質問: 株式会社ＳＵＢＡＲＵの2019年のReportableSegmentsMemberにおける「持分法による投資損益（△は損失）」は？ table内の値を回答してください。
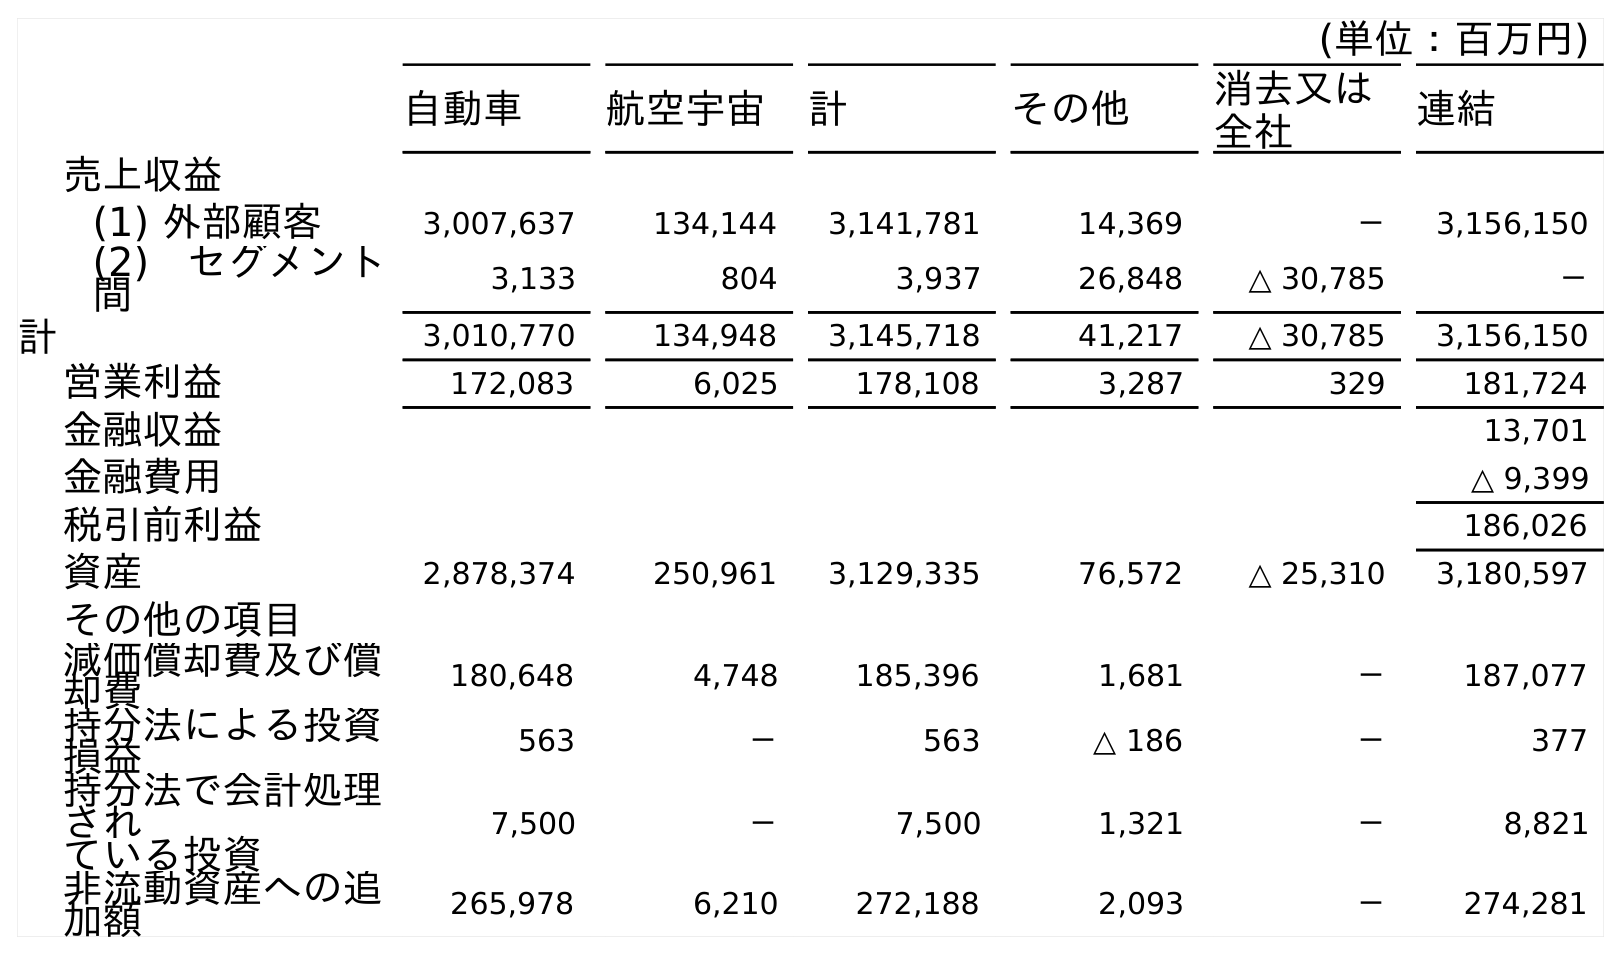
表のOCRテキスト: (単位：百万円) 自動車 航空宇宙 計 その他 消去又は 全社 連結 売上収益 (1) 外部顧客 3,007,637 134,144 3,141,781 14,369 － 3,156,150 (2) セグメント 間 3,133 804 3,937 26,848 △ 30,785 － 計 3,010,770 134,948 3,145,718 41,217 △ 30,785 3,156,150 営業利益 172,083 6,025 178,108 3,287 329 181,724 金融収益 13,701 金融費用 △ 9,399 税引前利益 186,026 資産 2,878,374 250,961 3,129,335 76,572 △ 25,310 3,180,597 その他の項目 減価償却費及び償 却費 180,648 4,748 185,396 1,681 － 187,077 持分法による投資 損益 563 － 563 △ 186 － 377 持分法で会計処理 され ている投資 7,500 － 7,500 1,321 － 8,821 非流動資産への追 加額 265,978 6,210 272,188 2,093 － 274,281
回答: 563